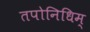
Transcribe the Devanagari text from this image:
तपोनिधिम्